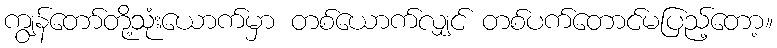
ကျွန်တော်တို့သုံးယောက်မှာ တစ်ယောက်လျှင် တစ်ပက်တောင်မပြည့်တော့။